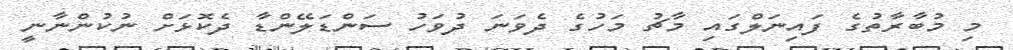
މި މުބާރާތުގެ ފައިނަލްގައި މާޗު މަހުގެ ދެވަނަ ދުވަހު ސަންޑަލޭންޑާ ދެކޮޅަށް ނުކުންނާނީ